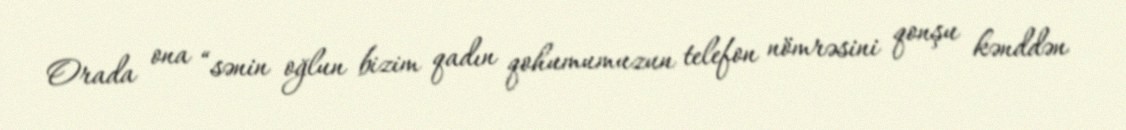
Orada ona “sənin oğlun bizim qadın qohumumuzun telefon nömrəsini qonşu kənddən